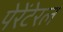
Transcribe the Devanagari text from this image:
पेरेंटेरल